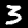
Label: 3